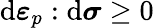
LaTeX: \mathrm{d}{\boldsymbol{\varepsilon}}_{p}:\mathrm{d}{\boldsymbol{\sigma}}\geq0